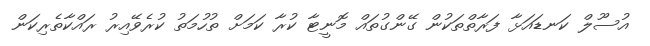
އުސޫލް ކަނޑައަޅާ ފަރާތްތަކުން ގޭންގުތައް މޮނީޓާ ކުރާ ކަމަށް ތުހުމަތު ކުރެވޭއިރު ރައްކާތެރިކަން